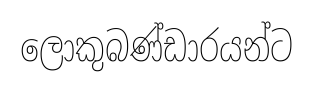
ලොකුබණ්ඩාරයන්ට